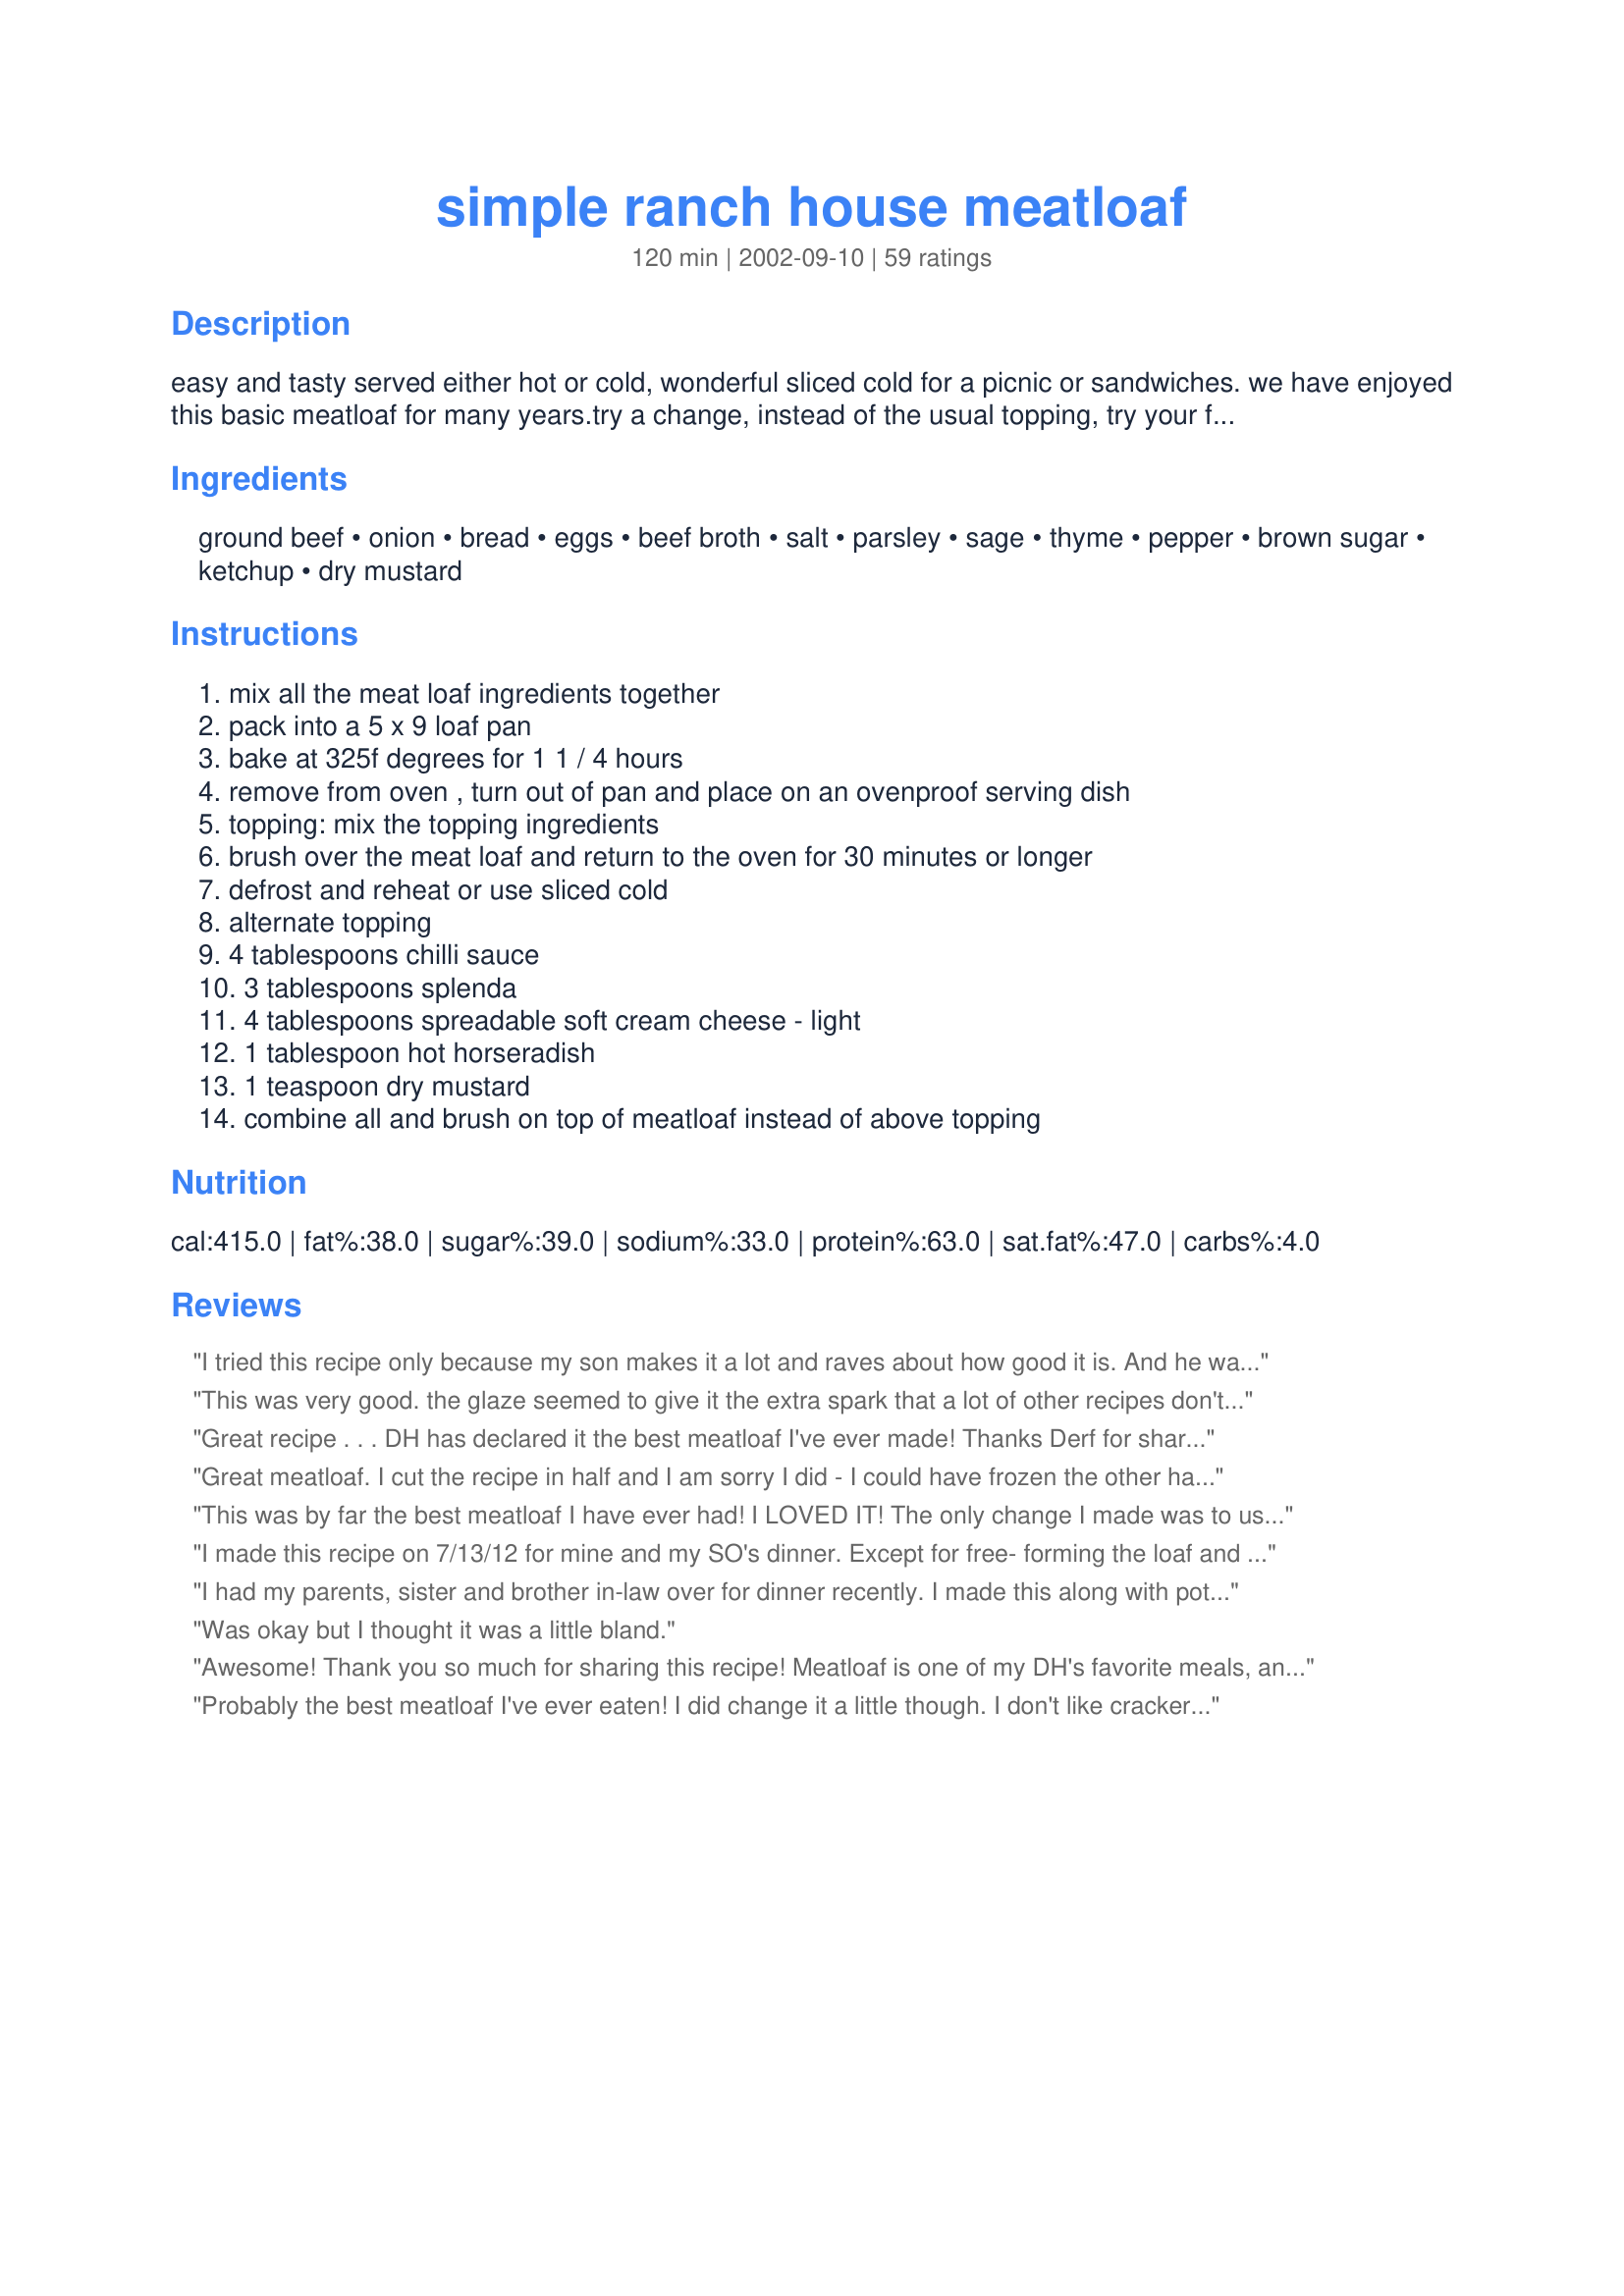
simple ranch house meatloaf
Preparation time: 120 minutes

easy and tasty served either hot or cold, wonderful sliced cold for a picnic or sandwiches. we have enjoyed this basic meatloaf for many years.try a change, instead of the usual topping, try your favourite salsa brushed on top, a nice chipotle medium or hot salsa is wonderful on it.

Ingredients:
ground beef, onion, bread, eggs, beef broth, salt, parsley, sage, thyme, pepper, brown sugar, ketchup, dry mustard

Steps:
mix all the meat loaf ingredients together, pack into a 5 x 9 loaf pan, bake at 325f degrees for 1 1 / 4 hours, remove from oven , turn out of pan and place on an ovenproof serving dish, topping: mix the topping ingredients, brush over the meat loaf and return to the oven for 30 minutes or longer, defrost and reheat or use sliced cold, alternate topping, 4 tablespoons chilli sauce, 3 tablespoons splenda, 4 tablespoons spreadable soft cream cheese - light, 1 tablespoon hot horseradish, 1 teaspoon dry mustard, combine all and brush on top of meatloaf instead of above topping

Reviews:
I tried this recipe only because my son makes it a lot and raves about how good it is. And he was right - it was very good. Quite a change from my typical tomatoey meatloaf - but a good change. It tasted even better the next day when I had leftovers in a sandwich.
This was very good. the glaze seemed to give it the extra spark that a lot of other recipes don't have.Thanks for posting.
Great recipe . . . DH has declared it the best meatloaf I've ever made! Thanks Derf for sharing!
Great meatloaf. I cut the recipe in half and I am sorry I did - I could have frozen the other half! Lovely moist meatloaf with lots of flavor. Next time I will try your suggestion of Chipotle salsa on top. Thanks Derf I can always rely that your recipe will be a good one
This was by far the best meatloaf I have ever had! I LOVED IT! The only change I made was to use only 1/2 teaspoon of dry mustard. My husband went nuts for the topping! My 7 year old daughter hates meatloaf and she ate all that I put on her plate with no complaints. My two teenage sons ate it all but didn't say anything...TEENAGERS! LOL!
We will be making this again and again. Thanks so much for the recipe!
I made this recipe on 7/13/12 for mine and my SO's dinner. Except for free- forming the loaf and placing it in a 9x13 in.baking dish,the recipe was made as it was written.After baking, I let it " rest "for about 10 minutes and it sliced perfectly without any crumbling at all.!! Very enjoyable taste. Thank you so much for posting, and " Keep Smiling :) "
I had my parents, sister and brother in-law over for dinner recently. I made this along with potato casserole and sauteed spinach. This was so delicious and very easy to prepare. Everyone really enjoyed the herb taste. We all gave it five stars, including my father, who rarely gives any dish his highest rating. Thank you!
Was okay but I thought it was a little bland.
Awesome! Thank you so much for sharing this recipe! Meatloaf is one of my DH's favorite meals, and this version has been his favorite ever.He said to say it deserves 100 stars even if 5 is all that you can give.Thanks Derf, I'll be making this at least once a week if he has his way.(And he usually does,LOL)
Probably the best meatloaf I've ever eaten! I did change it a little though. I don't like cracker crumbs in meatloaf so I substituted 1 C. of quick oats instead. I also increased the oven temp to 350 and cooked for 1 hour, checked the internal temp, then added the sauce and cooked another 15 minutes. As others have said, this meatloaf holds together very well. The sauce is great too. Thanks!
Great tasting and moist meatloaf. Right up there with the best I have made. The topping I found very sweet. It mellowed out after baking. I added dry minced onions and a little liquid smaoke to the topping.
Absolutely wonderful and moist, we all enjoyed this very much. Thank you for a keeper of a recipe :-)
This gets 5 stars because it slices very well, which is SO important in a meatloaf. DH says I should not change a thing, so I want to mention what tiny things I did change the first time (so I don't forget!). I GRATED the onion (a trick I saw once on Rachel Ray), letting the resulting juice go in the mixing bowl along with the onion. I didn't measure it, but I grated almost all of a pretty small onion. I didn't have beef broth, so I subbed water w/ bullion granules. But that's all I changed, and it came out great! This is definitely a keeper. Thanks, Derf!
Should have known it was a 'Derf' recipe. This is a very good, basic meatloaf. I have grown tired of everything made with onion soup mix and mushroom soup, so this was a real treat!
This was a good basic meatloaf recipe. I thought the sauce on top was very good. I really liked the taste of the sage and thyme in the meatloaf and will add both to my meatloaf in the future. Thank you for sharing.
This meatloaf was delicious!! I didn't have any thyme on hand, but other than that, I followed the directions. This meatloaf held together very nicely, and the flavor was outstanding! I was very excited to eat it when I took it out to put the sauce on because it smelled amazing. This will be my go to meatloaf recipe! Thanks for posting!
We liked this and it was easy to make. I would make it again. One of my son's doesn't like glaze so he enjoyed his without and then I glazed the rest. I used sugar free Ketchup and Splenda brown sugar. Thanks for an easy weeknight meal!
Easy to follow recipe, great tasting meatloaf. Thanks for posting!
This was VERY good. I shaped it into a loaf and baked it on a broiler pan so the grease drained away into the pan underneath. I used 1 lb beef and 1 lb fresh pork sausage from the butcher. I cut into it after I took it out of the oven to make sure it was cooked all the way through, and a LOT of juice escaped, so next time I will wait until it has rested ten minutes or so to check for doneness. The glaze is very nice. Next time I may add 2 tbsp Heinz 57 sauce to the meat mixture. The loave was nice an firm, and held together in slices very well, unlike a lot of meat loaf recipes I have tried. It was not greasy on the inside at all. My carnivorous teenage boys devoured it. I served it with baked potatoes, biscuits and steamed broccoli. Thanks for this simple, yummy recipe!
The meatloaf is wonderful. I loved the topping but my husband likes a spicy ketchup topping rather than a sweet ketchup topping. So we are compromising with this loaf and a different topping. Very tasty meatloaf!
Fantastic recipe, Derf! This meatloaf tastes even better the next day as a leftover dish with the flavors nicely blended, and still very firm and sandwich-friendly. We ALMOST chose to cook this at a higher temp to have it done earlier and are so glad we did not-by sticking to the lower temperature for a longer period, you wind up with a juicy, yet firm and evenly cooked meat loaf unlike a lot of other recipes where you get a tough exterior and crumbly/wet inside. Definitely give yourself the time to give this meatloaf the full recommended cook time/temp. Thanks! We'll make this again!
Excellent! I used ground turkey instead of beef, and *still* it only cracked in one spot, and that's saying something. I'm sure it wouldn't have cracked at all had I used beef instead. Delicious flavor and easy to make. Nice and moist, too. Possibly because of the turkey, I had to drain a lot of liquid between the two baking times, which wasn't an issue. I used the original sauce recommendation, and found it wonderful.
This was pretty good, I doubled the topping and I'm glad I did because that was the best part for me. Makes great sandwiches!
I HAVE FOUND A KEEPER! :)
Rather than doubling, I 1.5'd the recipe, using 2 lbs of beef and 1 lb of ground pork, 1 C club cracker crumbs and 1 slice toasted wheat bread, and 3 eggs. I also added about 1.5 Tbsp of Worcestershire. For the topping I used 1/2 ketchup & 1/2 BBQ sauce. I shaped into 2 loaves, expecting to have sandwiches. No Such Luck! My family RAVED as they gobbled it all up! It slices Wonderfully and tastes fantastic! I saw another poster mention that she had never used sage for meatloaf. Me neither, but it gave a fantastic, savory flavor. I also used someone's suggestion to grate the onion, as my son hates onion and I didn't want him to know it was there. Next time I WILL double the recipe and use all beef, as I don't think this needs the pork. Thanks, Derf, for this fantastic recipe! :)
Ok we used our own meatloaf recipe but used the alternative topping recipe with the horseradish and it was awesome!! We doubled the topping amounts and put a little bit on the meatloaf to bake. We had extra sauce left over to dunk the meatloaf in! Also had extra left that the boyfriend loved on his roast beef sandwich!! Thanks Derf!!!
Pretty good! I followed the recipe exactly. I must admit it was difficult to keep the slices together, and also it tasted a bit too 'bread-y'. I suppose I should try it again with half the bread crumbs. Thank you!
This is a fantastic one to try! I am so glad we did! We will have it whenever we get a craving for some old fashion comfort! Thank you for sharing!
Killer!<br/><br/>UPDATE: I just made this again and I am still amazed at how firm and moist this meatloaf is at the same time.<br/><br/>I made this for a company who I cater for. To make it for fifty people I wanted to keep it basic so I didn't use the thyme or sage. I didn't use the glaze because I served it with gravy and it was the most delicious meatloaf ever. Thanks again, Derf. It is the only meatloaf recipe I will ever use.
Great Recipe! I was looking for an easy and tasty meatloaf and I certainly found one! This recipe is soooo easy to put together but tastes like you worked hard to prepare it. The only thing I would change is to saute the onions before adding them to the meat but other than that I wouldnt change a thing! Be sure to make the topping as it really adds great flavor. Thanks Derf for this delicious recipe!
Derf, excellent meat loaf; only two changes--used 1/2 lb. ground pork and 1/2 chili sauce and half ketchup for the topping. This meat loaf is firm (a real slice, not pieces) s it makes superior sandwiches. Thanks for posting!
My husband and I really enjoyed this recipe. I made it exactly the way it was written and absolutely loved it.
Yum--family and I loved this meatloaf. Moist, tender, great flavor. I love a sweet ketchupy topping, so this was perfect for me. Thanks, Derf.
I made this almost as directed except I only had 1 1/2 pounds of ground beef and 1/2 pound pork. I used ritz crackers. I thought it was a very good meatloaf. I wouldn't change any of the seasoning. I look forward to the leftover sandwiches. Yum.
Excellent recipe...My meat loaf has always fallen to pieces, but not this one...will definitely make it again.

I made this meatloaf last night and it turned out fantastic. I used half ground beef and half ground deer meat and it was wonderful. Also, I am known for my meatloaf not staying together (crumbling) and this stayed together nicely. I served this with mac and cheese and brocolli cauliflower mix. Delicious meal, thank you.
This is the 2nd time I've made this meatloaf. It's wonderful and my new "go to" recipe. I really like how much the meatloaf stays in pieces. Tomorrow, I can make salisbury steak w/the meatloaf, add some cream of golden mushroom soup and serve with mashed potatoes. Thanks for a great recipe
Yum! Yum! Yum! Yum! Yum! Yum! Yum! Yum! Yum! Yum! Yum! Yum! Yum! Yum! Yum! Yum! Yum! Yum! Yum! Yum! Yum! Yum! Yum! Yum! Yum! Yum! Yum! Yum! Yum! Yum! Yum! Yum! &lt;br/&gt;&lt;br/&gt;Only change was using 1 cup of crushed cornflakes to be dairy free. My meatloaf hater devoured this!
This is a very simple, yet delicious meatloaf. Moist and flavorful. As Derf indicated you can change around the topping for different tastes. Will make again.
This was such a great find! My asian girlfriend wanted some american comfort food and I decided to surprise her with meatloaf. Found this recipe and then closed the link! Took me 20 minutes to find the exact one again and boy am I glad I did! Top notch! I didn't have the sage or thyme so I used a little Italian seasoning which had both plus a few other things. I also wrapped my loaf, which was formed in a large glass tray, with three slices of bacon with wonderful results. Thanks for this simple and delicious recipe!
I'm still eating this, but didn't want to forget to review it. Absolutely perfect!! I made four small loaves as it's just me and I plan to freeze. It looks as though one small loaf will be perfect for supper tonight and lunch tomorrow. The flavor of the herbs is unbelieveable and the texture is great....no crumbling. I used 1/2 & 1/2 ground beef and pork and whole wheat cracker crumbs. Thanks for such a delicious recipe!
Now this was soo good~ I am a fussy meat loaf person and this one is tops. Look forward to trying the other version of this. Thanks for posting this for us to try.
Oh my goodness this is good. I hate meatloaf and my DH loves it so I am always looking for a recipe that will please us both. I have found the perfect recipe. I have never cooked a meatloaf that has held it's shape when taken out of the pan and sliced. The spices give this the perfect taste all the other meatloaf recipes I have made were missing. I served this with Derf's Stove-Top Scalloped Potatoes also a 5 star keeper recipe. Thanks for sharing. I will make these two again.
Super recipe. My family loves it. I've lost count of the number of times I've made it. Easy and tasty.
Dorothy, my husband loved this meatloaf, he said it kind of tasted like pork. I think it was the thyme and the beef broth. He wasn't crazy about the topping, so he just scraped it off. Thanks for a good meatloaf recipe!
Fabulous meatloaf! I try different meatloaves all the time but DH says this is THE one. Made exactly as written. This is a keeper. Thanks Derf.
Awsome.... The reviews are true... this meatloaf holds it&#039;s form and is so moist and yummie!!! The changes I made were.... 1 1/2 grnd beef and 1/2 pd spicy suasage.... no sage ... no salt.... added a package of lipton onion soup and a full teaspoon of pepper and a little fine chopped green pepper..... the sauce I used was a small can of italion seasoned tomatoe sauce about 2 teaspoons BBQ suace and 1 tspn dijon mustard..... This was sooooo tender and yummie... I think its the beef broth.... whatever it is I DONT CARE... this is now my STAPLE recipe... THANKS!
We were eating this for 3 days, and loved every bite of it. I used corn flake crumbs instead of bread crumbs to make it gluten free.
This is the best meatloaf ever! My family raved and raved. I altered it a bit. One pound hamburger (lean) and one pound sausage. I did not use any topping. I will never make meatloaf any other way. THANK YOU for posting this.
Made this last night. Didn't have any sage, so I had to leave that out. But boy oh boy, my husband said this was the best meatloaf he ever had. The only other thing I did a little different was I added some shredded cheddar and colby jack cheese (about 3/4 cup) to it when I mixed it. YUMM-O! Thanks for sharing your recipe. :)
What a great tasting and easy to prepare meatloaf! I normally use oatmeal instead of bread crumbs but this loaf wasn't the least bit dry. I used dried Italian flavored crumbs, dried onion flakes, fresh sage and topped it with Bennett's Chili Sauce. Made 6 dinner portions and 3 large sandwiches the next day. ABSOLUTELY DE-LISH!!
I started to make this meatloaf and realized I was out of egg&#039;s but I just went with it :) I used Ritz crackers and I have to say this was the most moist and flavorful meatloaf I have ever made family loved it! I thought the topping was a little to sweet but It did not change the fact that the meat was delicious!!!
Really liked this. Made per instructions with standard sauce. Ending up eating very late though because the total cooking and prep time was off (1 1/4 hours when it should have been 2 hours according to instructions and my experience cooking). Submitted a correction to have the time adjusted to reflect recipe. Thanks for sharing.
This is our favorite meatloaf!!! My kids devour it!!
This is an awesome recipe! I had been trying different recipes for years, some were ok, some were terrible, but this one was JUST RIGHT! said the baby bear! LOL. Seriously tho, this is the last meatloaf recipe that I will try. This is IT! The only thing I would , and will cahnge in the future is the topping. It was too mustard-y Will probably do what I usually do, either 1/2 ketchup-1/2 tomato sauce, or maybe 1/2 chili sauce 1/2 tomato sauce. This is a serious meatloaf! Thanks for posting it for us to enjoy.
The best meatloaf they ever tasted. I made it with ground skirt steak and coconut milk instead of the beef broth and a similar but different topping.
Everyone loved it. I even got to use up some Italian flatbread crackers from Christmas that no one liked. :) I scraped off some of the sauce, but liked a touch of it. Thank you for an idea with leftovers!
I do not eat meatloaf... well, I didn&#039;t use to... This was so delicious and moist! I think it made a huge difference that I purchased my ground beef at a local butcher&#039;s shop; it really made this a restaurant quality recipe! I can&#039;t wait to use the left over slices to make Grilled Meatloaf!
This is now my "go-to" meatloaf recipe (it has even replaced my Mom's recipe that I used to use - but don't tell her that!). My husband loves this and even requests it - and for him to specially request anything means it was REALLY good! I thaw out a pkg of spinach and mix that in with it and it's great! Haven't tried the alternate topping, but it sounds so yummy I think I'm trying that with it tonight! Tahnks for sharing this wonderful recipe!
Very delicious! I don't really like my mom's meatloaf, and this one makes a great replacement! DH loved it, too, which means it goes in the repeat file!
